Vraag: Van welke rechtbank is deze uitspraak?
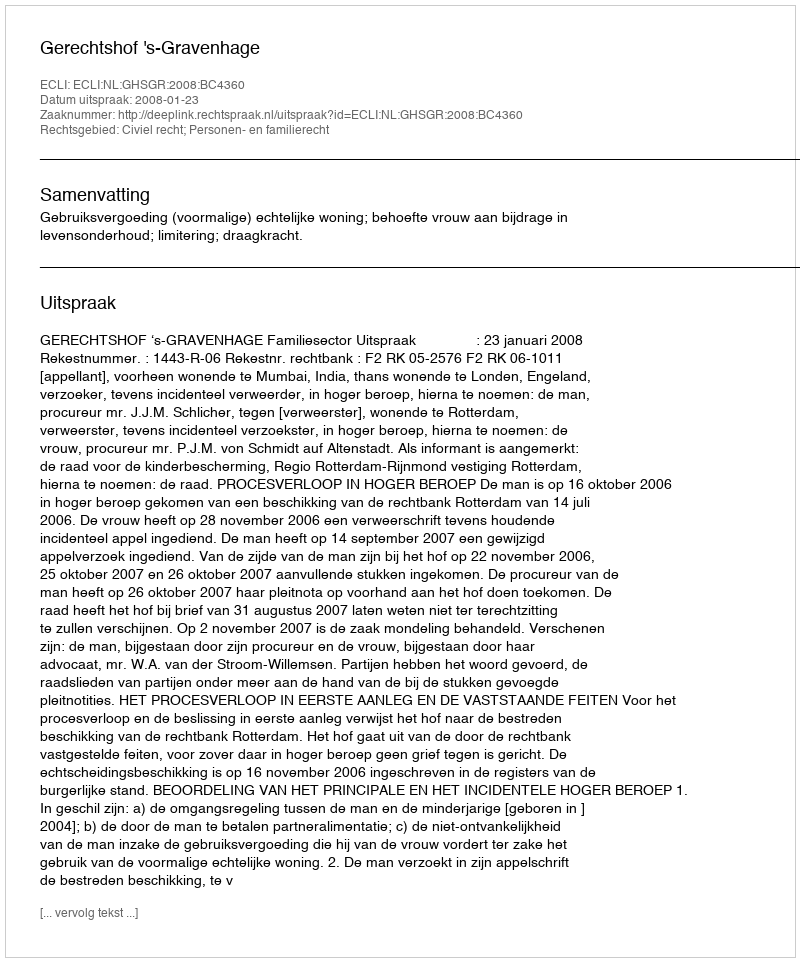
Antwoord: Gerechtshof 's-Gravenhage